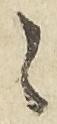
々